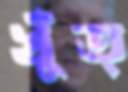
খুঁত্